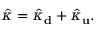
\hat { \kappa } = \hat { \kappa } _ { \bf d } + \hat { \kappa } _ { \bf u } .